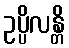
ဥပ္ပိလန္တိ